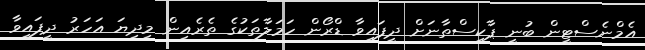
އެމްނެސްޓީން ބުނީ ޕާކިސްތާނަށް ދީފައިވާ ޑްރޯން ހަމަލާތަކުގެ ތެރެއިން މިދިޔަ އަހަރު ދީފައިވާ